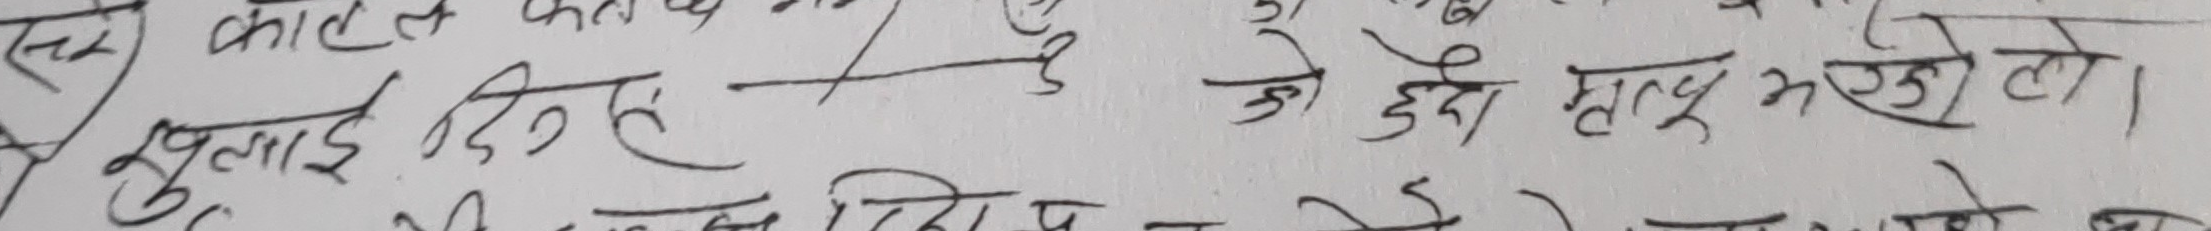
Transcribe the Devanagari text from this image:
खुलाइ दिइने जे हुदै हाल्छ त्यो।